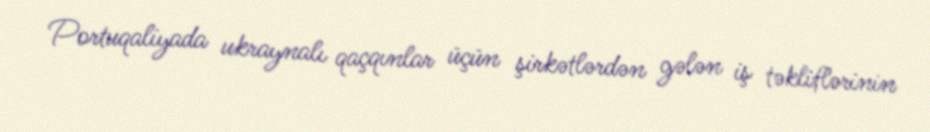
Portuqaliyada ukraynalı qaçqınlar üçün şirkətlərdən gələn iş təkliflərinin